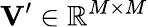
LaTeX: \mathbf{V}^{\prime}\in\mathbb{R}^{M\times M}